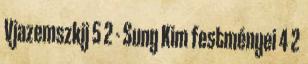
Vjazemszkij 5 2 - Sung Kim festményei 4 2